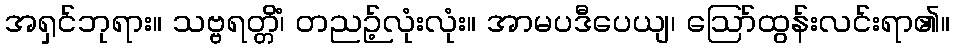
အရှင်ဘုရား။ သဗ္ဗရတ္တိံ၊ တညဉ့်လုံးလုံး။ အာမပဒီပေယျ၊ ဩော်ထွန်းလင်းရာ၏။